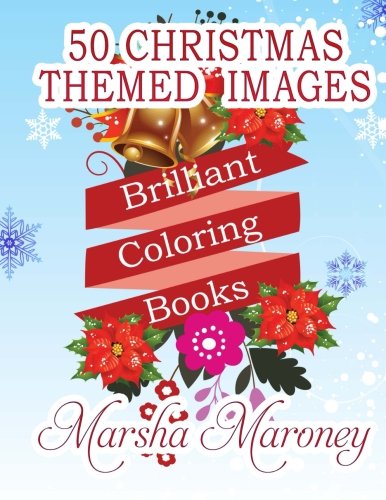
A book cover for Brilliant Coloring Books: Christmas Edition; Marsha Maroney; Crafts, Hobbies & Home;